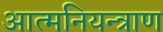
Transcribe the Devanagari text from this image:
आत्मनियन्त्राण